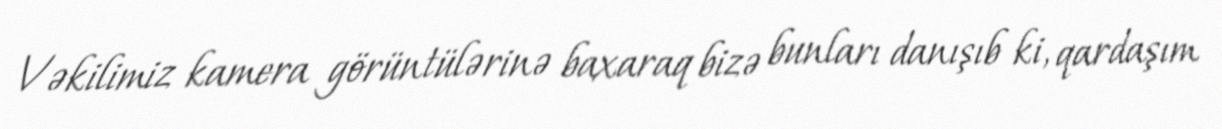
Vəkilimiz kamera görüntülərinə baxaraq bizə bunları danışıb ki, qardaşım